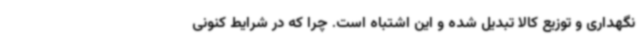
نگهداری و توزیع کالا تبدیل شده و این اشتباه است. چرا که در شرایط کنونی